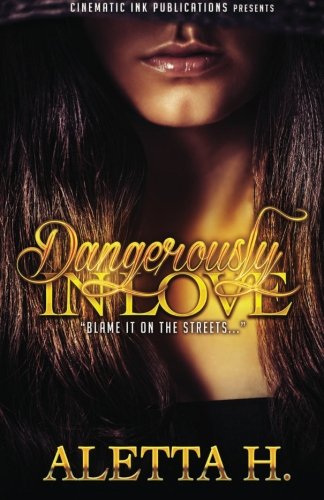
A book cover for Dangerously In Love: "Blame It on the Streets" (Volume 1); Aletta H.; Literature & Fiction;